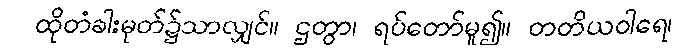
ထိုတံခါးမုတ်၌သာလျှင်။ ဌတွာ၊ ရပ်တော်မူ၍။ တတိယဝါရေ၊